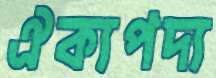
ঐক্যপদ্য